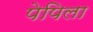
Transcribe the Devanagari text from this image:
पेपिला